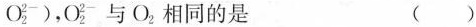
O_{2}^{2-})，O_{2}^{2-}与O_{2}相同的是（）